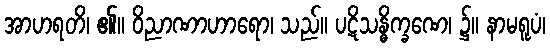
အာဟရတိ၊ ၏။ ဝိညာဏာဟာရော၊ သည်။ ပဋိသန္ဓိက္ခဏေ၊ ၌။ နာမရူပံ၊